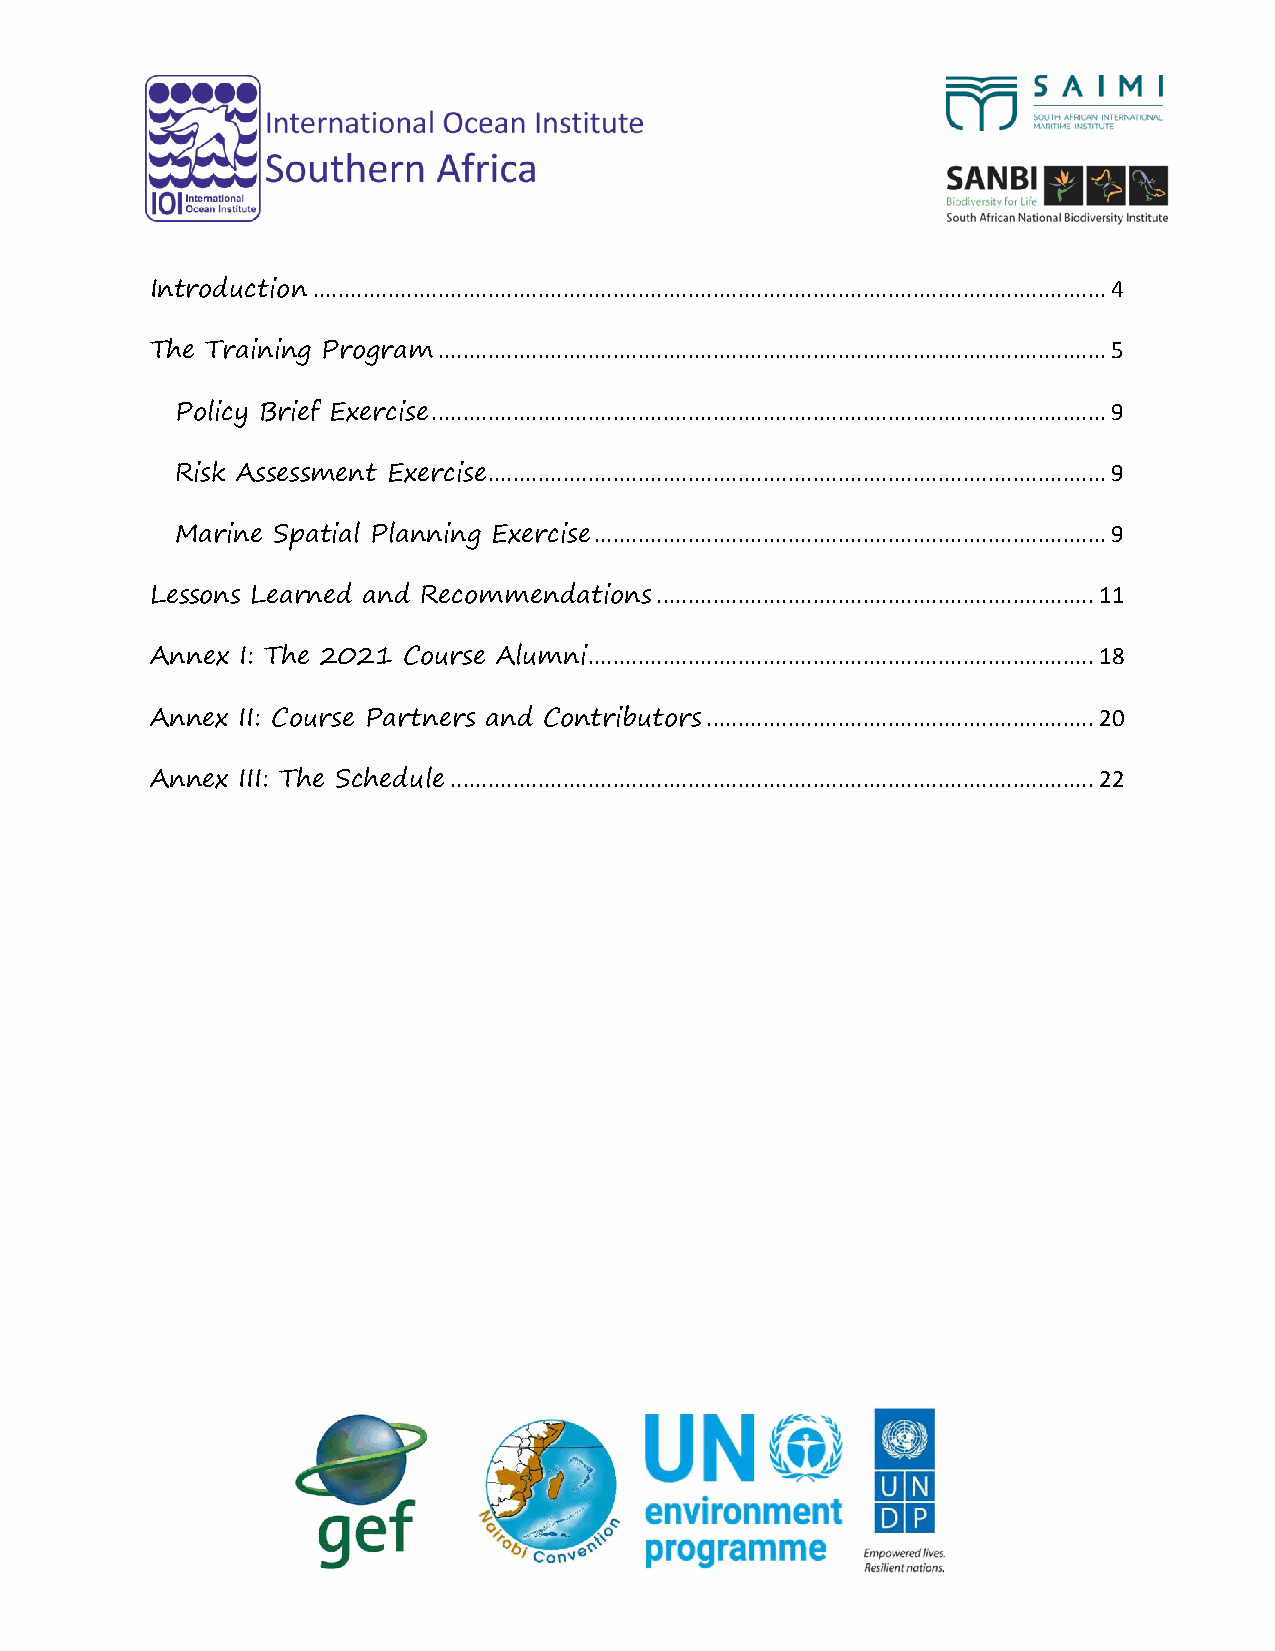
Introduction ............................................................................................................................... 4
 The Training Program ........................................................................................................... 5
 Policy Brief Exercise ............................................................................................................ 9
 Risk Assessment Exercise................................................................................................... 9
 Marine Spatial Planning Exercise .................................................................................. 9
 Lessons Learned and Recommendations ...................................................................... 11
 Annex I: The 2021 Course Alumni................................................................................. 18
 Annex II: Course Partners and Contributors .............................................................. 20
 Annex III: The Schedule ....................................................................................................... 22